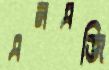
এনএজি